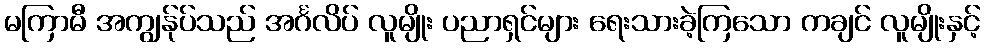
မကြာမီ အကျွန်ုပ်သည် အင်္ဂလိပ် လူမျိုး ပညာရှင်များ ရေးသားခဲ့ကြသော ကချင် လူမျိုးနှင့်